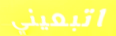
اتبعيني